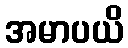
အမာပယိ